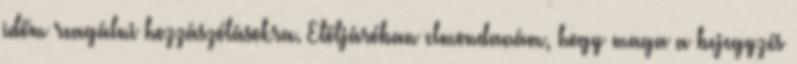
időm reagálni hozzászólásokra. Elöljáróban elmondanám, hogy maga a bejegyzés